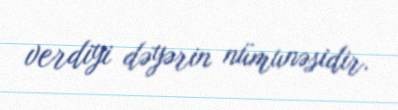
verdiyi dəyərin nümunəsidir.